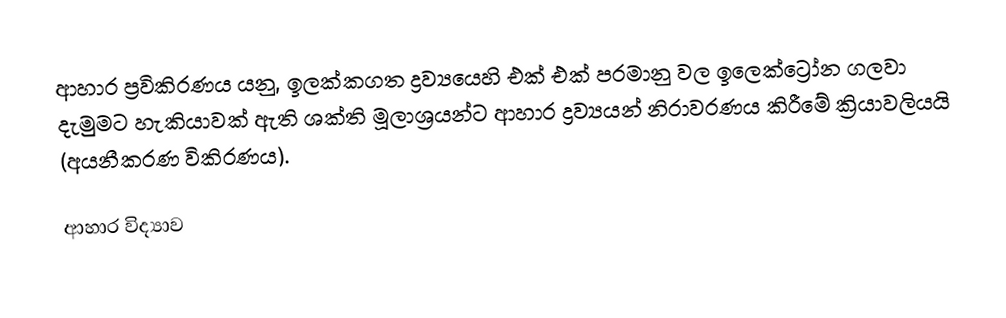
ආහාර ප්‍රවිකිරණය යනු, ඉලක්කගත ද්‍රව්‍යයෙහි එක් එක් පරමානු වල ඉලෙක්ට්‍රෝන ගලවා දැමුමට හැකියාවක් ඇති ශක්ති මූලාශ්‍රයන්ට ආහාර ද්‍රව්‍යයන් නිරාවරණය කිරීමේ ක්‍රියාවලියයි (අයනීකරණ විකිරණය).

ආහාර විද්‍යාව